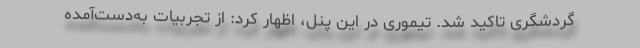
گردشگری تاکید شد. تیموری در این پنل، اظهار کرد: از تجربیات به‌دست‌آمده